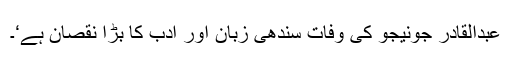
عبدالقادر جونیجو کی وفات سندھی زبان اور ادب کا بڑا نقصان ہے‘۔